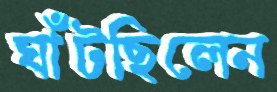
ঘাঁটছিলেন